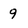
Character: 9